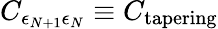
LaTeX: C_{\epsilon_{N+1}\epsilon_{N}}\equiv C_{\mathrm{tapering}}